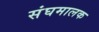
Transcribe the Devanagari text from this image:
संघमालक